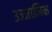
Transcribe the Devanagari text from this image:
उज्जालिक